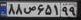
۸۸ص۶۵۱۹۹